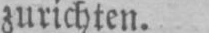
zurichten.